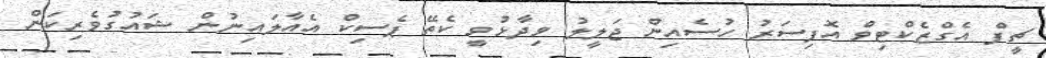
ޗީފް އެގްޒެކްޓިވް އޮފިސަރު ހުސެއިން ޖަލީލު ވިދާޅުވީ ކެތޭ ޕެސިކް އެއާލައިނުން ޝައުގުވެރިކަން